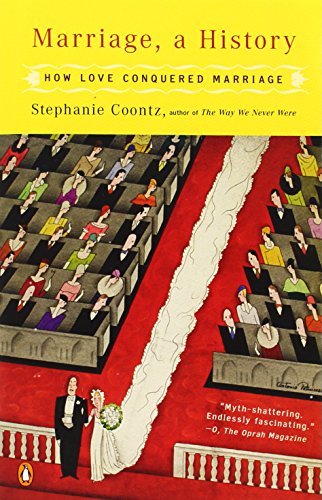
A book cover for Marriage, a History: How Love Conquered Marriage; Stephanie Coontz; Politics & Social Sciences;